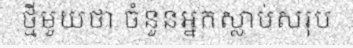
ថ្មីមួយថា ចំនួនអ្នកស្លាប់សរុប